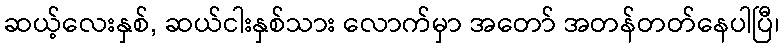
ဆယ့်လေးနှစ်, ဆယ်ငါးနှစ်သား လောက်မှာ အတော် အတန်တတ်နေပါပြီ၊